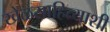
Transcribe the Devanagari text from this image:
खेळसाहित्याशी